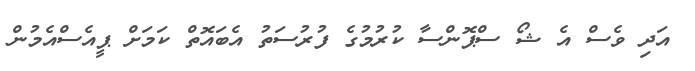
އަދި ވެސް އެ ޝޯ ސްޕޮންސާ ކުރުމުގެ ފުރުސަތު އެބައޮތް ކަމަށް ޕީއެސްއެމުން